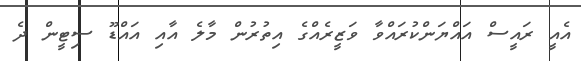
އެއީ ރައީސް އައްޔަންކުރައްވާ ވަޒީރެއްގެ އިތުރުން މާލެ އާއި އައްޑޫ ސިޓީން ދެ